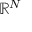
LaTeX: \mathbb { R } ^ { N }